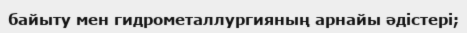
байыту мен гидрометаллургияның арнайы әдістері;